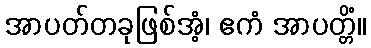
အာပတ်တခုဖြစ်အံ့၊ ဧကံ အာပတ္တိံ။